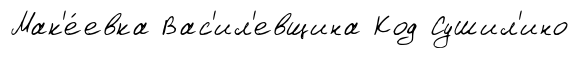
Мак'е́евка Вас'ил'евщина Код Сушил'ино